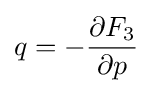
q=-{\frac {\partial F_{3}}{\partial p}}\,\!